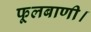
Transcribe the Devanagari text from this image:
फूलबाणी।